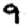
Digit: 9